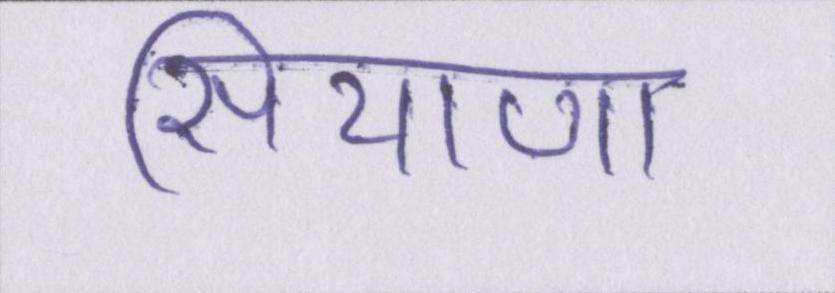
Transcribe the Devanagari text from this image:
सियाणा